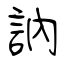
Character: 訥